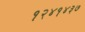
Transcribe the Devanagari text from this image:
१२४१४३७